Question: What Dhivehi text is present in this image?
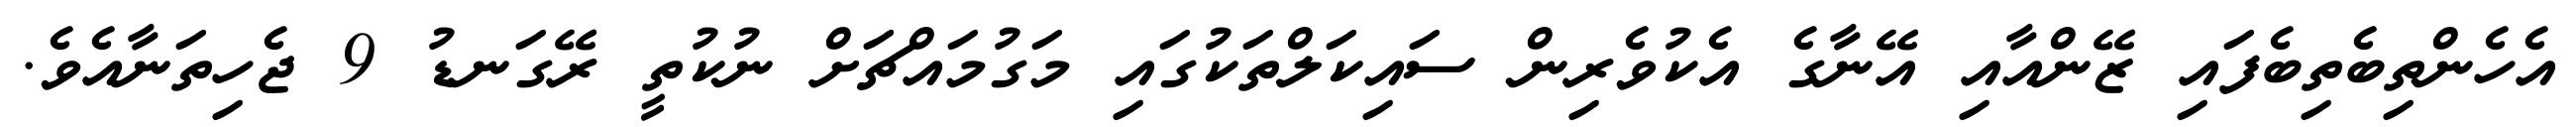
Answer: އެހެންތިބެތިބެފައި ޒޭންއާއި އޭނާގެ އެކުވެރިން ސައިކަލްތަކުގައި މަގުމައްޗަށް ނުކުތީ ރޭގަނޑު 9 ޖެހިތަނާއެވެ.